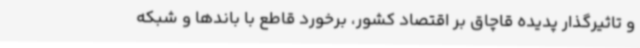
و تاثیرگذار پدیده قاچاق بر اقتصاد کشور، برخورد قاطع با باندها و شبکه